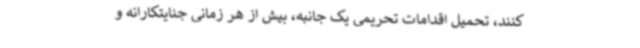
کنند، تحمیل اقدامات تحریمی یک جانبه، بیش از هر زمانی جنایتکارانه و